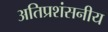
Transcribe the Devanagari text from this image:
अतिप्रशंसनीय